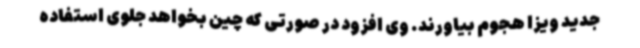
جدید ویزا هجوم بیاورند. وی افزود در صورتی که چین بخواهد جلوی استفاده